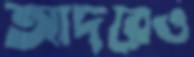
আদরেও